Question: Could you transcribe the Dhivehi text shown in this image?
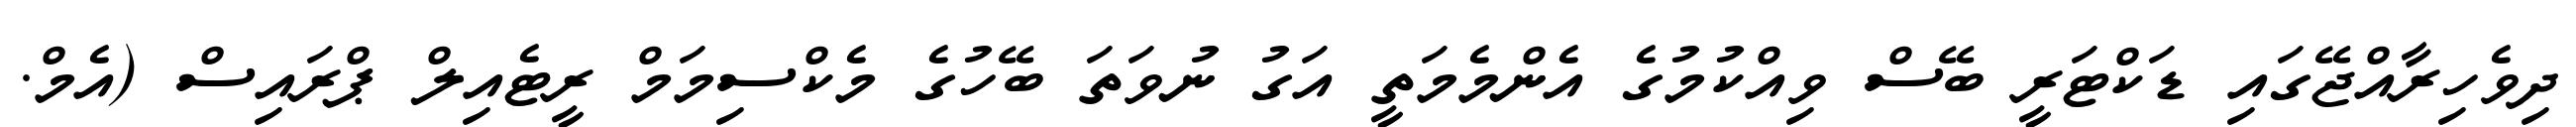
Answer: ދިވެހިރާއްޖޭގައި ޑަކްޓަރީ ބޭސް ވިއްކުމުގެ އެންމެމަތީ އަގު ނުވަތަ ބޭހުގެ މެކްސިމަމް ރީޓެއިލް ޕްރައިސް (އެމް.